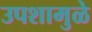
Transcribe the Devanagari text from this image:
उपशामुळे